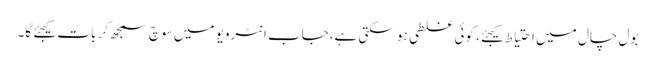
بول چال میں احتیاط کیجئے، کوئی غلطی ہو سکتی ہے،جاب انٹرویو میں سوچ سمجھ کر بات کیجئے گا۔